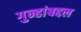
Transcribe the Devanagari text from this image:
गुन्हांबद्दल